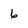
Character: 6